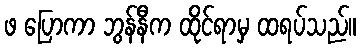
ဖ ပြောကာ ဘွန်နီက ထိုင်ရာမှ ထရပ်သည်။